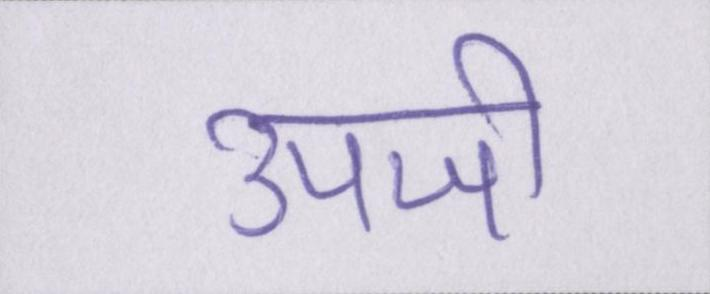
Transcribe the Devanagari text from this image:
उपजी